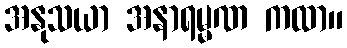
အနုသယာ အနာရမ္မဏ ကထာ။